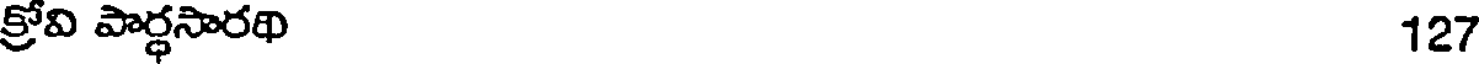
క్రోవి పార్ధసారథి 127